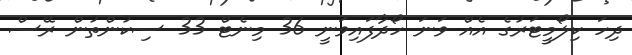
ދިހަ ކިލޯމީޓަރުގެ އެއް ވަނަ ހޯދާފައިވަނީ 36 މިނެޓް 33 ސިކުންތުން ރޭސް